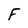
Character: F